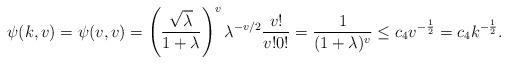
LaTeX: \begin{align*}\psi(k,v)=\psi(v,v)=\left(\frac{\sqrt{\lambda}}{1+\lambda}\right)^v\lambda^{-v/2}\frac{v!}{v!0!}=\frac{1}{(1+\lambda)^v}\leq c_4v^{-\frac{1}{2}} =c_4k^{-\frac{1}{2}}.\end{align*}